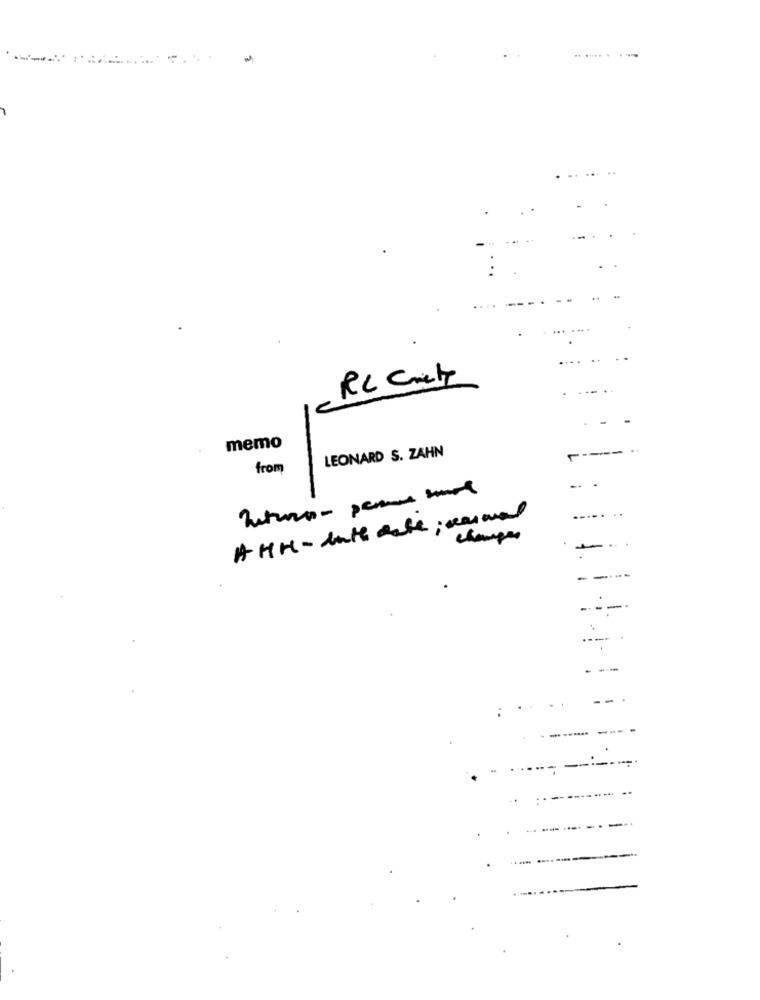
RC Carett
memo
LEONARD S. ZAHN
from
----. ..
AHH - date date; seasonal
champs
----
---
---
--
--